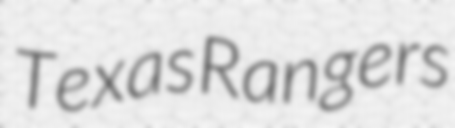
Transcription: Texas Rangers